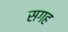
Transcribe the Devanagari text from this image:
सगह